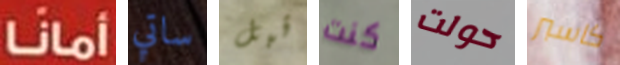
أمانا ساتي قبل كنت حولت كاسبر